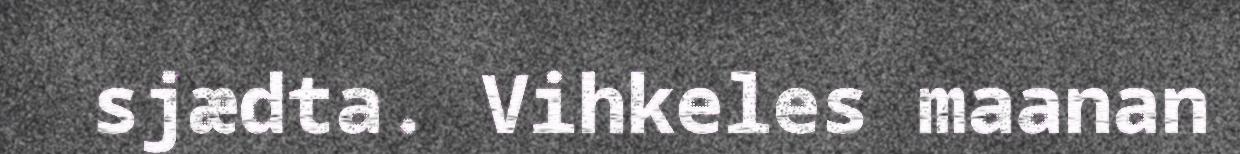
sjædta. Vihkeles maanan